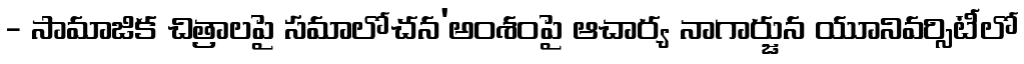
- సామాజిక చిత్రాలపై సమాలోచన'అంశంపై ఆచార్య నాగార్జున యూనివర్సిటీలో